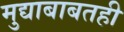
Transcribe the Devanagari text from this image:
मुद्याबाबतही